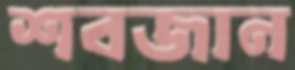
শবজান